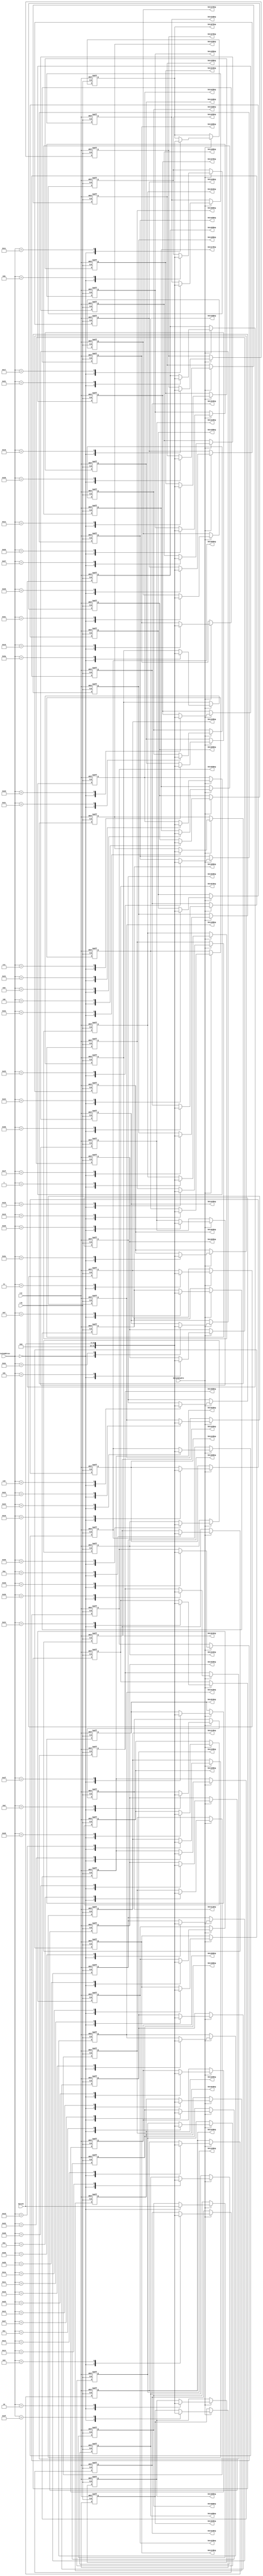
//---------------------------------------------------------------------------
// Module Name : jpeg_ziguzagu_reg
// Description : Register for ziguzagu
// Project     : JPEG Decoder
// Belong to   : 
// HomePage    : http://www.sweetcafe.jp/
// Rev.        : 1.1
//---------------------------------------------------------------------------
// Rev. Date       Description
//---------------------------------------------------------------------------
// 1.01 2006/10/01 1st Release
//---------------------------------------------------------------------------
// $Id: 
//---------------------------------------------------------------------------
`timescale 1ps / 1ps

module jpeg_ziguzagu_reg
  (
   rst,
   clk,

   DataInEnable,
   DataInAddress,
   DataIn,

   Data00Reg,
   Data01Reg,
   Data02Reg,
   Data03Reg,
   Data04Reg,
   Data05Reg,
   Data06Reg,
   Data07Reg,
   Data08Reg,
   Data09Reg,
   Data10Reg,
   Data11Reg,
   Data12Reg,
   Data13Reg,
   Data14Reg,
   Data15Reg,
   Data16Reg,
   Data17Reg,
   Data18Reg,
   Data19Reg,
   Data20Reg,
   Data21Reg,
   Data22Reg,
   Data23Reg,
   Data24Reg,
   Data25Reg,
   Data26Reg,
   Data27Reg,
   Data28Reg,
   Data29Reg,
   Data30Reg,
   Data31Reg,
   Data32Reg,
   Data33Reg,
   Data34Reg,
   Data35Reg,
   Data36Reg,
   Data37Reg,
   Data38Reg,
   Data39Reg,
   Data40Reg,
   Data41Reg,
   Data42Reg,
   Data43Reg,
   Data44Reg,
   Data45Reg,
   Data46Reg,
   Data47Reg,
   Data48Reg,
   Data49Reg,
   Data50Reg,
   Data51Reg,
   Data52Reg,
   Data53Reg,
   Data54Reg,
   Data55Reg,
   Data56Reg,
   Data57Reg,
   Data58Reg,
   Data59Reg,
   Data60Reg,
   Data61Reg,
   Data62Reg,
   Data63Reg
   );

   input         clk;
   input         rst;

   input 	 DataInEnable;
   input [5:0] 	 DataInAddress;
   input [15:0]  DataIn;

   output [15:0] Data00Reg;
   output [15:0] Data01Reg;
   output [15:0] Data02Reg;
   output [15:0] Data03Reg;
   output [15:0] Data04Reg;
   output [15:0] Data05Reg;
   output [15:0] Data06Reg;
   output [15:0] Data07Reg;
   output [15:0] Data08Reg;
   output [15:0] Data09Reg;
   output [15:0] Data10Reg;
   output [15:0] Data11Reg;
   output [15:0] Data12Reg;
   output [15:0] Data13Reg;
   output [15:0] Data14Reg;
   output [15:0] Data15Reg;
   output [15:0] Data16Reg;
   output [15:0] Data17Reg;
   output [15:0] Data18Reg;
   output [15:0] Data19Reg;
   output [15:0] Data20Reg;
   output [15:0] Data21Reg;
   output [15:0] Data22Reg;
   output [15:0] Data23Reg;
   output [15:0] Data24Reg;
   output [15:0] Data25Reg;
   output [15:0] Data26Reg;
   output [15:0] Data27Reg;
   output [15:0] Data28Reg;
   output [15:0] Data29Reg;
   output [15:0] Data30Reg;
   output [15:0] Data31Reg;
   output [15:0] Data32Reg;
   output [15:0] Data33Reg;
   output [15:0] Data34Reg;
   output [15:0] Data35Reg;
   output [15:0] Data36Reg;
   output [15:0] Data37Reg;
   output [15:0] Data38Reg;
   output [15:0] Data39Reg;
   output [15:0] Data40Reg;
   output [15:0] Data41Reg;
   output [15:0] Data42Reg;
   output [15:0] Data43Reg;
   output [15:0] Data44Reg;
   output [15:0] Data45Reg;
   output [15:0] Data46Reg;
   output [15:0] Data47Reg;
   output [15:0] Data48Reg;
   output [15:0] Data49Reg;
   output [15:0] Data50Reg;
   output [15:0] Data51Reg;
   output [15:0] Data52Reg;
   output [15:0] Data53Reg;
   output [15:0] Data54Reg;
   output [15:0] Data55Reg;
   output [15:0] Data56Reg;
   output [15:0] Data57Reg;
   output [15:0] Data58Reg;
   output [15:0] Data59Reg;
   output [15:0] Data60Reg;
   output [15:0] Data61Reg;
   output [15:0] Data62Reg;
   output [15:0] Data63Reg;
   
   reg [15:0] 	 RegData [0:63]; // Register Memory

   integer 	 i;

/*   
   always @(posedge clk or negedge rst) begin
      if(!rst) begin
         RegData[0] <= 16'h0000;
         RegData[1] <= 16'h0000;
         RegData[2] <= 16'h0000;
         RegData[3] <= 16'h0000;
         RegData[4] <= 16'h0000;
         RegData[5] <= 16'h0000;
         RegData[6] <= 16'h0000;
         RegData[7] <= 16'h0000;
         RegData[8] <= 16'h0000;
         RegData[9] <= 16'h0000;
         RegData[10] <= 16'h0000;
         RegData[11] <= 16'h0000;
         RegData[12] <= 16'h0000;
         RegData[13] <= 16'h0000;
         RegData[14] <= 16'h0000;
         RegData[15] <= 16'h0000;
         RegData[16] <= 16'h0000;
         RegData[17] <= 16'h0000;
         RegData[18] <= 16'h0000;
         RegData[19] <= 16'h0000;
         RegData[20] <= 16'h0000;
         RegData[21] <= 16'h0000;
         RegData[22] <= 16'h0000;
         RegData[23] <= 16'h0000;
         RegData[24] <= 16'h0000;
         RegData[25] <= 16'h0000;
         RegData[26] <= 16'h0000;
         RegData[27] <= 16'h0000;
         RegData[28] <= 16'h0000;
         RegData[29] <= 16'h0000;
         RegData[30] <= 16'h0000;
         RegData[31] <= 16'h0000;
         RegData[32] <= 16'h0000;
         RegData[33] <= 16'h0000;
         RegData[34] <= 16'h0000;
         RegData[35] <= 16'h0000;
         RegData[36] <= 16'h0000;
         RegData[37] <= 16'h0000;
         RegData[38] <= 16'h0000;
         RegData[39] <= 16'h0000;
         RegData[40] <= 16'h0000;
         RegData[41] <= 16'h0000;
         RegData[42] <= 16'h0000;
         RegData[43] <= 16'h0000;
         RegData[44] <= 16'h0000;
         RegData[45] <= 16'h0000;
         RegData[46] <= 16'h0000;
         RegData[47] <= 16'h0000;
         RegData[48] <= 16'h0000;
         RegData[49] <= 16'h0000;
         RegData[50] <= 16'h0000;
         RegData[51] <= 16'h0000;
         RegData[52] <= 16'h0000;
         RegData[53] <= 16'h0000;
         RegData[54] <= 16'h0000;
         RegData[55] <= 16'h0000;
         RegData[56] <= 16'h0000;
         RegData[57] <= 16'h0000;
         RegData[58] <= 16'h0000;
         RegData[59] <= 16'h0000;
         RegData[60] <= 16'h0000;
         RegData[61] <= 16'h0000;
         RegData[62] <= 16'h0000;
         RegData[63] <= 16'h0000;
      end else begin // if (!rst)
	 if(DataInEnable == 1'b1) begin
	    RegData[DataInAddress] <= DataIn;
	    if(DataInAddress == 6'h00) begin
	       for(i=1;i<64;i=i+1) begin
		  RegData[i]  <= 16'h0000;
	       end
	    end
         end
      end // else: !if(!rst)
   end // always @ (posedge clk or negedge rst)
*/
	always @(posedge clk or negedge rst) begin
		if(!rst) begin
			RegData[0] <= 16'h0000;
			RegData[1] <= 16'h0000;
         RegData[2] <= 16'h0000;
         RegData[3] <= 16'h0000;
         RegData[4] <= 16'h0000;
         RegData[5] <= 16'h0000;
         RegData[6] <= 16'h0000;
         RegData[7] <= 16'h0000;
         RegData[8] <= 16'h0000;
         RegData[9] <= 16'h0000;
         RegData[10] <= 16'h0000;
         RegData[11] <= 16'h0000;
         RegData[12] <= 16'h0000;
         RegData[13] <= 16'h0000;
         RegData[14] <= 16'h0000;
         RegData[15] <= 16'h0000;
         RegData[16] <= 16'h0000;
         RegData[17] <= 16'h0000;
         RegData[18] <= 16'h0000;
         RegData[19] <= 16'h0000;
         RegData[20] <= 16'h0000;
         RegData[21] <= 16'h0000;
         RegData[22] <= 16'h0000;
         RegData[23] <= 16'h0000;
         RegData[24] <= 16'h0000;
         RegData[25] <= 16'h0000;
         RegData[26] <= 16'h0000;
         RegData[27] <= 16'h0000;
         RegData[28] <= 16'h0000;
         RegData[29] <= 16'h0000;
         RegData[30] <= 16'h0000;
         RegData[31] <= 16'h0000;
         RegData[32] <= 16'h0000;
         RegData[33] <= 16'h0000;
         RegData[34] <= 16'h0000;
         RegData[35] <= 16'h0000;
         RegData[36] <= 16'h0000;
         RegData[37] <= 16'h0000;
         RegData[38] <= 16'h0000;
         RegData[39] <= 16'h0000;
         RegData[40] <= 16'h0000;
         RegData[41] <= 16'h0000;
         RegData[42] <= 16'h0000;
         RegData[43] <= 16'h0000;
         RegData[44] <= 16'h0000;
         RegData[45] <= 16'h0000;
         RegData[46] <= 16'h0000;
         RegData[47] <= 16'h0000;
         RegData[48] <= 16'h0000;
         RegData[49] <= 16'h0000;
         RegData[50] <= 16'h0000;
         RegData[51] <= 16'h0000;
         RegData[52] <= 16'h0000;
         RegData[53] <= 16'h0000;
         RegData[54] <= 16'h0000;
         RegData[55] <= 16'h0000;
         RegData[56] <= 16'h0000;
         RegData[57] <= 16'h0000;
         RegData[58] <= 16'h0000;
         RegData[59] <= 16'h0000;
         RegData[60] <= 16'h0000;
         RegData[61] <= 16'h0000;
         RegData[62] <= 16'h0000;
         RegData[63] <= 16'h0000;
		end else begin
			if(DataInEnable == 1'b1) begin
				case(DataInAddress)
				6'd0: begin
			RegData[0] <= DataIn;
			RegData[1] <= 16'h0000;
         RegData[2] <= 16'h0000;
         RegData[3] <= 16'h0000;
         RegData[4] <= 16'h0000;
         RegData[5] <= 16'h0000;
         RegData[6] <= 16'h0000;
         RegData[7] <= 16'h0000;
         RegData[8] <= 16'h0000;
         RegData[9] <= 16'h0000;
         RegData[10] <= 16'h0000;
         RegData[11] <= 16'h0000;
         RegData[12] <= 16'h0000;
         RegData[13] <= 16'h0000;
         RegData[14] <= 16'h0000;
         RegData[15] <= 16'h0000;
         RegData[16] <= 16'h0000;
         RegData[17] <= 16'h0000;
         RegData[18] <= 16'h0000;
         RegData[19] <= 16'h0000;
         RegData[20] <= 16'h0000;
         RegData[21] <= 16'h0000;
         RegData[22] <= 16'h0000;
         RegData[23] <= 16'h0000;
         RegData[24] <= 16'h0000;
         RegData[25] <= 16'h0000;
         RegData[26] <= 16'h0000;
         RegData[27] <= 16'h0000;
         RegData[28] <= 16'h0000;
         RegData[29] <= 16'h0000;
         RegData[30] <= 16'h0000;
         RegData[31] <= 16'h0000;
         RegData[32] <= 16'h0000;
         RegData[33] <= 16'h0000;
         RegData[34] <= 16'h0000;
         RegData[35] <= 16'h0000;
         RegData[36] <= 16'h0000;
         RegData[37] <= 16'h0000;
         RegData[38] <= 16'h0000;
         RegData[39] <= 16'h0000;
         RegData[40] <= 16'h0000;
         RegData[41] <= 16'h0000;
         RegData[42] <= 16'h0000;
         RegData[43] <= 16'h0000;
         RegData[44] <= 16'h0000;
         RegData[45] <= 16'h0000;
         RegData[46] <= 16'h0000;
         RegData[47] <= 16'h0000;
         RegData[48] <= 16'h0000;
         RegData[49] <= 16'h0000;
         RegData[50] <= 16'h0000;
         RegData[51] <= 16'h0000;
         RegData[52] <= 16'h0000;
         RegData[53] <= 16'h0000;
         RegData[54] <= 16'h0000;
         RegData[55] <= 16'h0000;
         RegData[56] <= 16'h0000;
         RegData[57] <= 16'h0000;
         RegData[58] <= 16'h0000;
         RegData[59] <= 16'h0000;
         RegData[60] <= 16'h0000;
         RegData[61] <= 16'h0000;
         RegData[62] <= 16'h0000;
         RegData[63] <= 16'h0000;
				end
				6'd1:	RegData[1]	<= DataIn;
				6'd2:	RegData[2]	<= DataIn;
				6'd3:	RegData[3]	<= DataIn;
				6'd4:	RegData[4]	<= DataIn;
				6'd5:	RegData[5]	<= DataIn;
				6'd6:	RegData[6]	<= DataIn;
				6'd7:	RegData[7]	<= DataIn;
				6'd8:	RegData[8]	<= DataIn;
				6'd9:	RegData[9]	<= DataIn;
				6'd10:	RegData[10]	<= DataIn;
				6'd11:	RegData[11]	<= DataIn;
				6'd12:	RegData[12]	<= DataIn;
				6'd13:	RegData[13]	<= DataIn;
				6'd14:	RegData[14]	<= DataIn;
				6'd15:	RegData[15]	<= DataIn;
				6'd16:	RegData[16]	<= DataIn;
				6'd17:	RegData[17]	<= DataIn;
				6'd18:	RegData[18]	<= DataIn;
				6'd19:	RegData[19]	<= DataIn;
				6'd20:	RegData[20]	<= DataIn;
				6'd21:	RegData[21]	<= DataIn;
				6'd22:	RegData[22]	<= DataIn;
				6'd23:	RegData[23]	<= DataIn;
				6'd24:	RegData[24]	<= DataIn;
				6'd25:	RegData[25]	<= DataIn;
				6'd26:	RegData[26]	<= DataIn;
				6'd27:	RegData[27]	<= DataIn;
				6'd28:	RegData[28]	<= DataIn;
				6'd29:	RegData[29]	<= DataIn;
				6'd30:	RegData[30]	<= DataIn;
				6'd31:	RegData[31]	<= DataIn;
				6'd32:	RegData[32]	<= DataIn;
				6'd33:	RegData[33]	<= DataIn;
				6'd34:	RegData[34]	<= DataIn;
				6'd35:	RegData[35]	<= DataIn;
				6'd36:	RegData[36]	<= DataIn;
				6'd37:	RegData[37]	<= DataIn;
				6'd38:	RegData[38]	<= DataIn;
				6'd39:	RegData[39]	<= DataIn;
				6'd40:	RegData[40]	<= DataIn;
				6'd41:	RegData[41]	<= DataIn;
				6'd42:	RegData[42]	<= DataIn;
				6'd43:	RegData[43]	<= DataIn;
				6'd44:	RegData[44]	<= DataIn;
				6'd45:	RegData[45]	<= DataIn;
				6'd46:	RegData[46]	<= DataIn;
				6'd47:	RegData[47]	<= DataIn;
				6'd48:	RegData[48]	<= DataIn;
				6'd49:	RegData[49]	<= DataIn;
				6'd50:	RegData[50]	<= DataIn;
				6'd51:	RegData[51]	<= DataIn;
				6'd52:	RegData[52]	<= DataIn;
				6'd53:	RegData[53]	<= DataIn;
				6'd54:	RegData[54]	<= DataIn;
				6'd55:	RegData[55]	<= DataIn;
				6'd56:	RegData[56]	<= DataIn;
				6'd57:	RegData[57]	<= DataIn;
				6'd58:	RegData[58]	<= DataIn;
				6'd59:	RegData[59]	<= DataIn;
				6'd60:	RegData[60]	<= DataIn;
				6'd61:	RegData[61]	<= DataIn;
				6'd62:	RegData[62]	<= DataIn;
				6'd63:	RegData[63]	<= DataIn;
				endcase
			end
		end // else: !if(!rst)
	end // always @ (posedge clk or negedge rst)
  
   assign Data00Reg = RegData[00];
   assign Data01Reg = RegData[01];
   assign Data08Reg = RegData[02];
   assign Data16Reg = RegData[03];
   assign Data09Reg = RegData[04];
   assign Data02Reg = RegData[05];
   assign Data03Reg = RegData[06];
   assign Data10Reg = RegData[07];
   assign Data17Reg = RegData[08];
   assign Data24Reg = RegData[09];
   assign Data32Reg = RegData[10];
   assign Data25Reg = RegData[11];
   assign Data18Reg = RegData[12];
   assign Data11Reg = RegData[13];
   assign Data04Reg = RegData[14];
   assign Data05Reg = RegData[15];
   assign Data12Reg = RegData[16];
   assign Data19Reg = RegData[17];
   assign Data26Reg = RegData[18];
   assign Data33Reg = RegData[19];
   assign Data40Reg = RegData[20];
   assign Data48Reg = RegData[21];
   assign Data41Reg = RegData[22];
   assign Data34Reg = RegData[23];
   assign Data27Reg = RegData[24];
   assign Data20Reg = RegData[25];
   assign Data13Reg = RegData[26];
   assign Data06Reg = RegData[27];
   assign Data07Reg = RegData[28];
   assign Data14Reg = RegData[29];
   assign Data21Reg = RegData[30];
   assign Data28Reg = RegData[31];
   assign Data35Reg = RegData[32];
   assign Data42Reg = RegData[33];
   assign Data49Reg = RegData[34];
   assign Data56Reg = RegData[35];
   assign Data57Reg = RegData[36];
   assign Data50Reg = RegData[37];
   assign Data43Reg = RegData[38];
   assign Data36Reg = RegData[39];
   assign Data29Reg = RegData[40];
   assign Data22Reg = RegData[41];
   assign Data15Reg = RegData[42];
   assign Data23Reg = RegData[43];
   assign Data30Reg = RegData[44];
   assign Data37Reg = RegData[45];
   assign Data44Reg = RegData[46];
   assign Data51Reg = RegData[47];
   assign Data58Reg = RegData[48];
   assign Data59Reg = RegData[49];
   assign Data52Reg = RegData[50];
   assign Data45Reg = RegData[51];
   assign Data38Reg = RegData[52];
   assign Data31Reg = RegData[53];
   assign Data39Reg = RegData[54];
   assign Data46Reg = RegData[55];
   assign Data53Reg = RegData[56];
   assign Data60Reg = RegData[57];
   assign Data61Reg = RegData[58];
   assign Data54Reg = RegData[59];
   assign Data47Reg = RegData[60];
   assign Data55Reg = RegData[61];
   assign Data62Reg = RegData[62];
   assign Data63Reg = RegData[63];
   
endmodule // jpeg_ziguzagu_reg